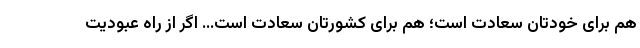
هم برای خودتان سعادت است؛ هم برای کشورتان سعادت است… اگر از راه عبودیت